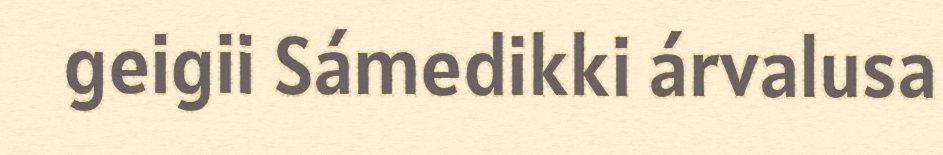
geigii Sámedikki árvalusa